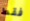
فقط